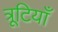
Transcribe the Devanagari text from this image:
त्रूटियाँ